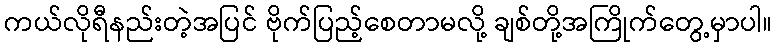
ကယ်လိုရီနည်းတဲ့အပြင် ဗိုက်ပြည့်စေတာမလို့ ချစ်တို့အကြိုက်တွေ့မှာပါ။